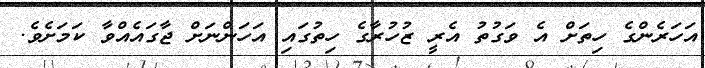
އަހަރެންގެ ހިތަށް އެ ވަގުތު އެރީ ޒުހުރާގެ ހިތުގައި އަހަންނަށް ޖާގައެއްވާ ކަމަށެވެ.